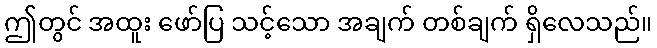
ဤတွင် အထူး ဖော်ပြ သင့်သော အချက် တစ်ချက် ရှိလေသည်။